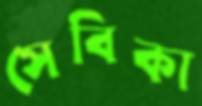
সেবিকা